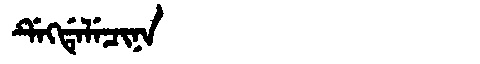
Manchu: ᡩᡝᡴᡩᡝᠯᡝᠴᡳᠨᠠ
Romanization: DEKDELECINA